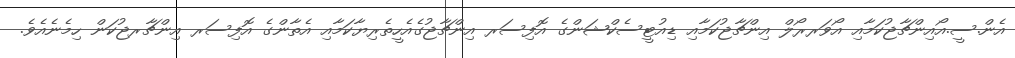
އެން.ސީ.އޯއިންޗާޖުކަމާއި އޯވަރރޯލް އިންޗާޖުކަމާއި ޑިއުޓީސެކްޝަންގެ އޮފިސަރ އިންޗާޖުގެއެހީތެރިޔާކަމާއި އެތާންގެ އޮފިސަރ އިންޗާރޖުކަން ހިމެނެއެވެ.